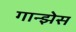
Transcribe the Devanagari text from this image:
गान्झेस